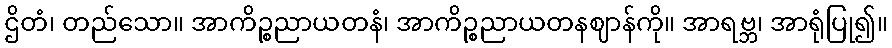
ဌိတံ၊ တည်သော။ အာကိဉ္စညာယတနံ၊ အာကိဉ္စညာယတနဈာန်ကို။ အာရဗ္ဘ၊ အာရုံပြု၍။